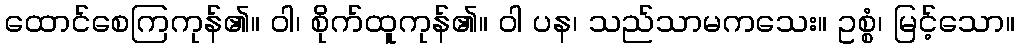
ထောင်စေကြကုန်၏။ ဝါ၊ စိုက်ထူကုန်၏။ ဝါ ပန၊ သည်သာမကသေး။ ဥစ္စံ၊ မြင့်သော။